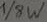
Text: 1/8W